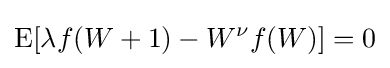
\operatorname {E} [\lambda f(W+1)-W^{\nu }f(W)]=0